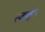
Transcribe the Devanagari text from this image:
स्काइंग